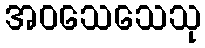
အဝသေသေသု